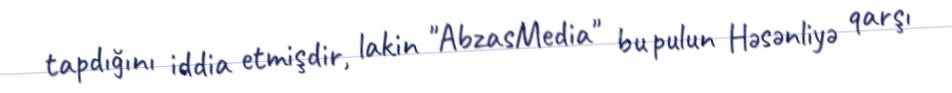
tapdığını iddia etmişdir, lakin "AbzasMedia" bu pulun Həsənliyə qarşı